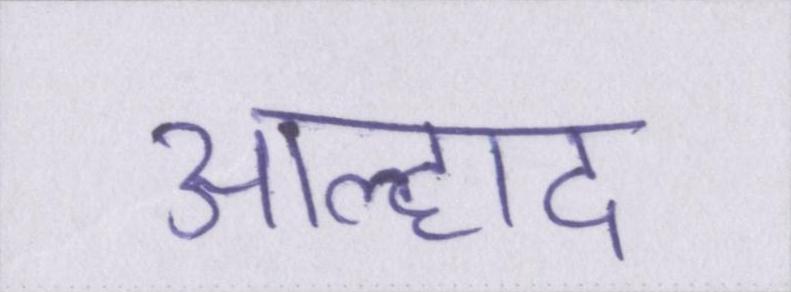
आह्लाद